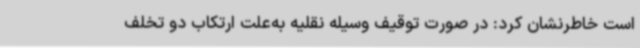
است خاطرنشان کرد: در صورت توقیف وسیله نقلیه به‌علت ارتکاب دو تخلف